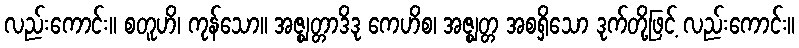
လည်းကောင်း။ စတူဟိ၊ ကုန်သော။ အဇ္ဈတ္တာဒိဒု ကေဟိစ၊ အဇ္ဈတ္တ အစရှိသော ဒုက်တို့ဖြင့် လည်းကောင်း။